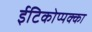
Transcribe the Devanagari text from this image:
ईटिकोप्पक्का